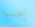
يجب